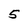
Character: 5